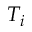
T _ { i }